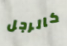
كالرجل